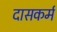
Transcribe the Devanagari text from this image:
दासकर्म